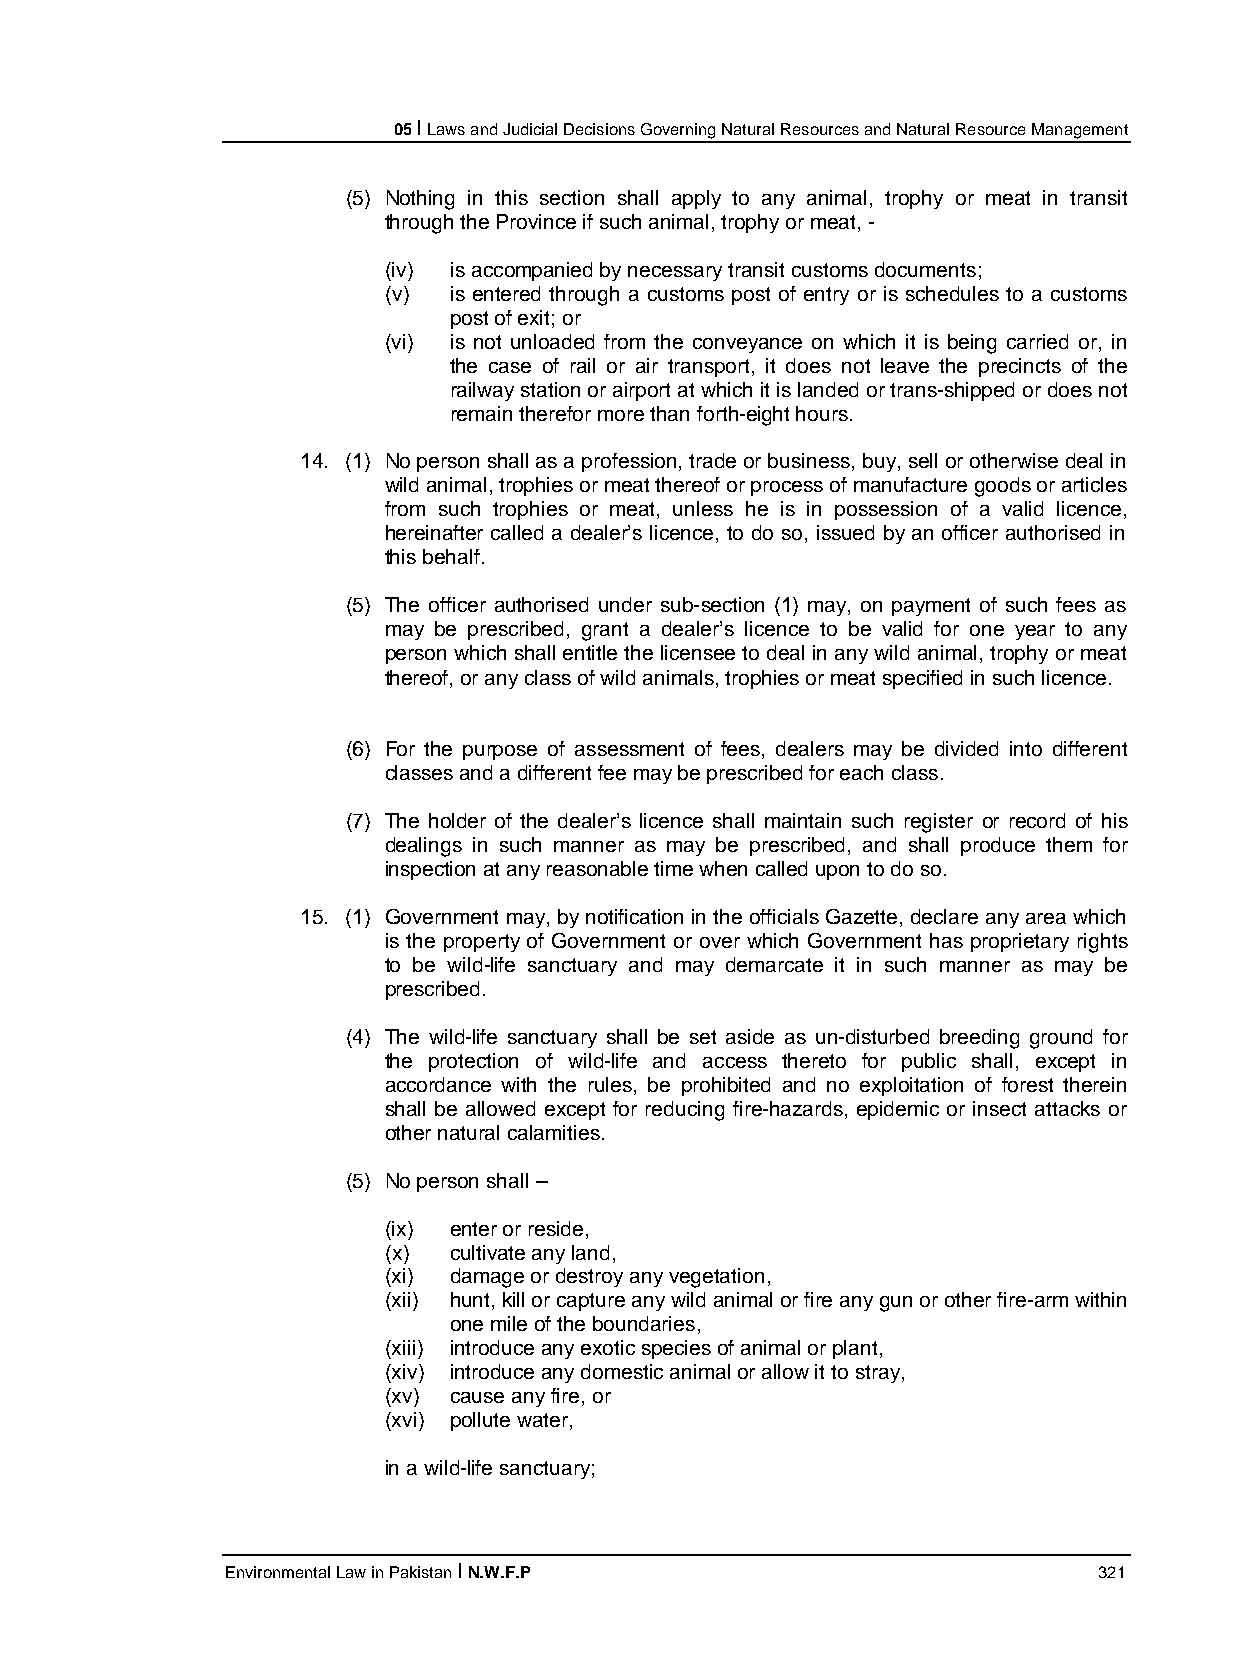
05 I Laws and Judicial Decisions Governing Natural Resources and Natural Resource Management
 (5) Nothing in this section shall apply to any animal, trophy or meat in transit
 through the Province if such animal, trophy or meat, -
 (iv) is accompanied by necessary transit customs documents;
 (v)  is entered through a customs post of entry or is schedules to a customs
 post of exit; or
 (vi) is not unloaded from the conveyance on which it is being carried or, in
 the case of rail or air transport, it does not leave the precincts of the
 railway station or airport at which it is landed or trans-shipped or does not
 remain therefor more than forth-eight hours.
 14. (1) No person shall as a profession, trade or business, buy, sell or otherwise deal in
 wild animal, trophies or meat thereof or process of manufacture goods or articles
 from such trophies or meat, unless he is in possession of a valid licence,
 hereinafter called a dealer’s licence, to do so, issued by an officer authorised in
 this behalf.
 (5) The officer authorised under sub-section (1) may, on payment of such fees as
 may be prescribed, grant a dealer’s licence to be valid for one year to any
 person which shall entitle the licensee to deal in any wild animal, trophy or meat
 thereof, or any class of wild animals, trophies or meat specified in such licence.
 (6) For the purpose of assessment of fees, dealers may be divided into different
 classes and a different fee may be prescribed for each class.
 (7) The holder of the dealer’s licence shall maintain such register or record of his
 dealings in such manner as may be prescribed, and shall produce them for
 inspection at any reasonable time when called upon to do so.
 15. (1) Government may, by notification in the officials Gazette, declare any area which
 is the property of Government or over which Government has proprietary rights
 to be wild-life sanctuary and may demarcate it in such manner as may be
 prescribed.
 (4) The wild-life sanctuary shall be set aside as un-disturbed breeding ground for
 the protection of wild-life and access thereto for public shall, except in
 accordance with the rules, be prohibited and no exploitation of forest therein
 shall be allowed except for reducing fire-hazards, epidemic or insect attacks or
 other natural calamities.
 (5) No person shall –
 (ix) enter or reside,
 (x)  cultivate any land,
 (xi) damage or destroy any vegetation,
 (xii) hunt, kill or capture any wild animal or fire any gun or other fire-arm within
 one mile of the boundaries,
 (xiii) introduce any exotic species of animal or plant,
 (xiv) introduce any domestic animal or allow it to stray,
 (xv) cause any fire, or
 (xvi) pollute water,
 in a wild-life sanctuary;
 Environmental Law in Pakistan I N.W.F.P                   321